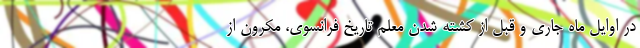
در اوایل ماه جاری و قبل از کشته شدن معلم تاریخ فرانسوی، مکرون از